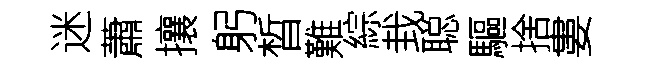
迷蕭攘躬晳難綜㘽聪驅捨婁